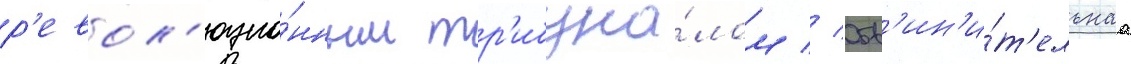
р'евол'юцио́нным тр'ибуна́лом // Обв'ин'и́т'ельнаа